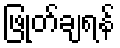
ဖြုတ်ချရန်